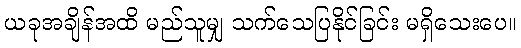
ယခုအချိန်အထိ မည်သူမျှ သက်သေပြနိုင်ခြင်း မရှိသေးပေ။